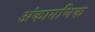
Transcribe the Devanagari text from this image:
अंकागणिक